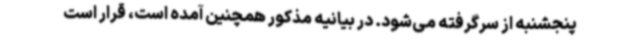
پنجشنبه از سرگرفته می‌شود. در بیانیه مذکور همچنین آمده است، قرار است